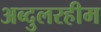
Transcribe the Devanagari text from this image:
अब्दुलरहीम